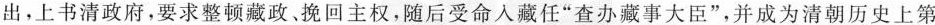
出，上书清政府，要求整顿藏政挽回主权，随后受命人藏任”查办藏事大臣”，并成为清朝历史上第